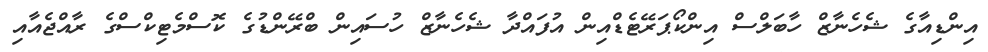
އިންޑިއާގެ ޝެހެނާޒް ހާބަލްސް އިންކޯޕަރޭޓެޑްއިން އުފައްދާ ޝެހެނާޒް ހުސައިން ބްރޭންޑުގެ ކޮސްމެޓިކްސްގެ ރާއްޖެއާއި